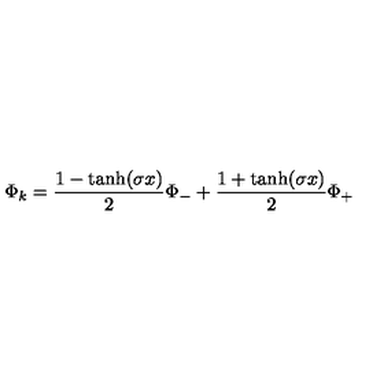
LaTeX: \Phi _ { k } = { \frac { 1 - \tanh ( \sigma x ) } { 2 } } \Phi _ { - } + { \frac { 1 + \tanh ( \sigma x ) } { 2 } } \Phi _ { + }